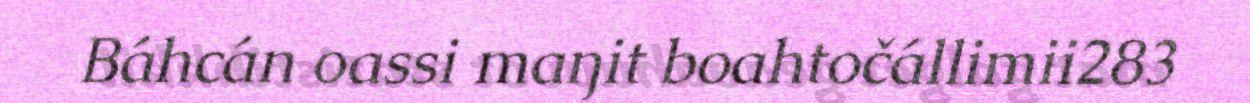
Báhcán oassi maŋit boahtočállimii283